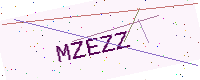
Text: MZEZZ